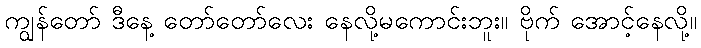
ကျွန်တော် ဒီနေ့ တော်တော်လေး နေလို့မကောင်းဘူး။ ဗိုက် အောင့်နေလို့။